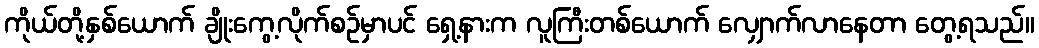
ကိုယ်တို့နှစ်ယောက် ချိုးကွေ့လိုက်စဉ်မှာပင် ရှေ့နားက လူကြီးတစ်ယောက် လျှောက်လာနေတာ တွေ့ရသည်။